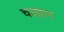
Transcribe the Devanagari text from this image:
चल्द्रान